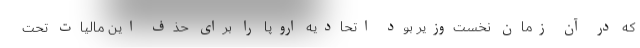
که در آن زمان نخست‌وزیر بود اتحادیه اروپا را برای حذف این مالیات تحت